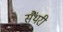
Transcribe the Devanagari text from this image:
सैंथरी